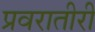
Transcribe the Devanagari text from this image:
प्रवरातीरी